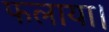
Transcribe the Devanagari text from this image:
फलाया।